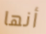
أنها